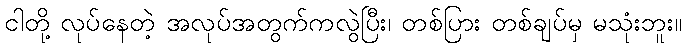
ငါတို့ လုပ်နေတဲ့ အလုပ်အတွက်ကလွဲပြီး၊ တစ်ပြား တစ်ချပ်မှ မသုံးဘူး။